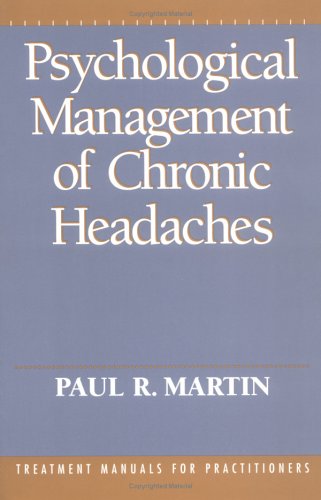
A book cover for Psychological Management of Chronic Headaches; Paul R. Martin; Health, Fitness & Dieting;